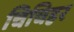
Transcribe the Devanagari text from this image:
चिचिहर